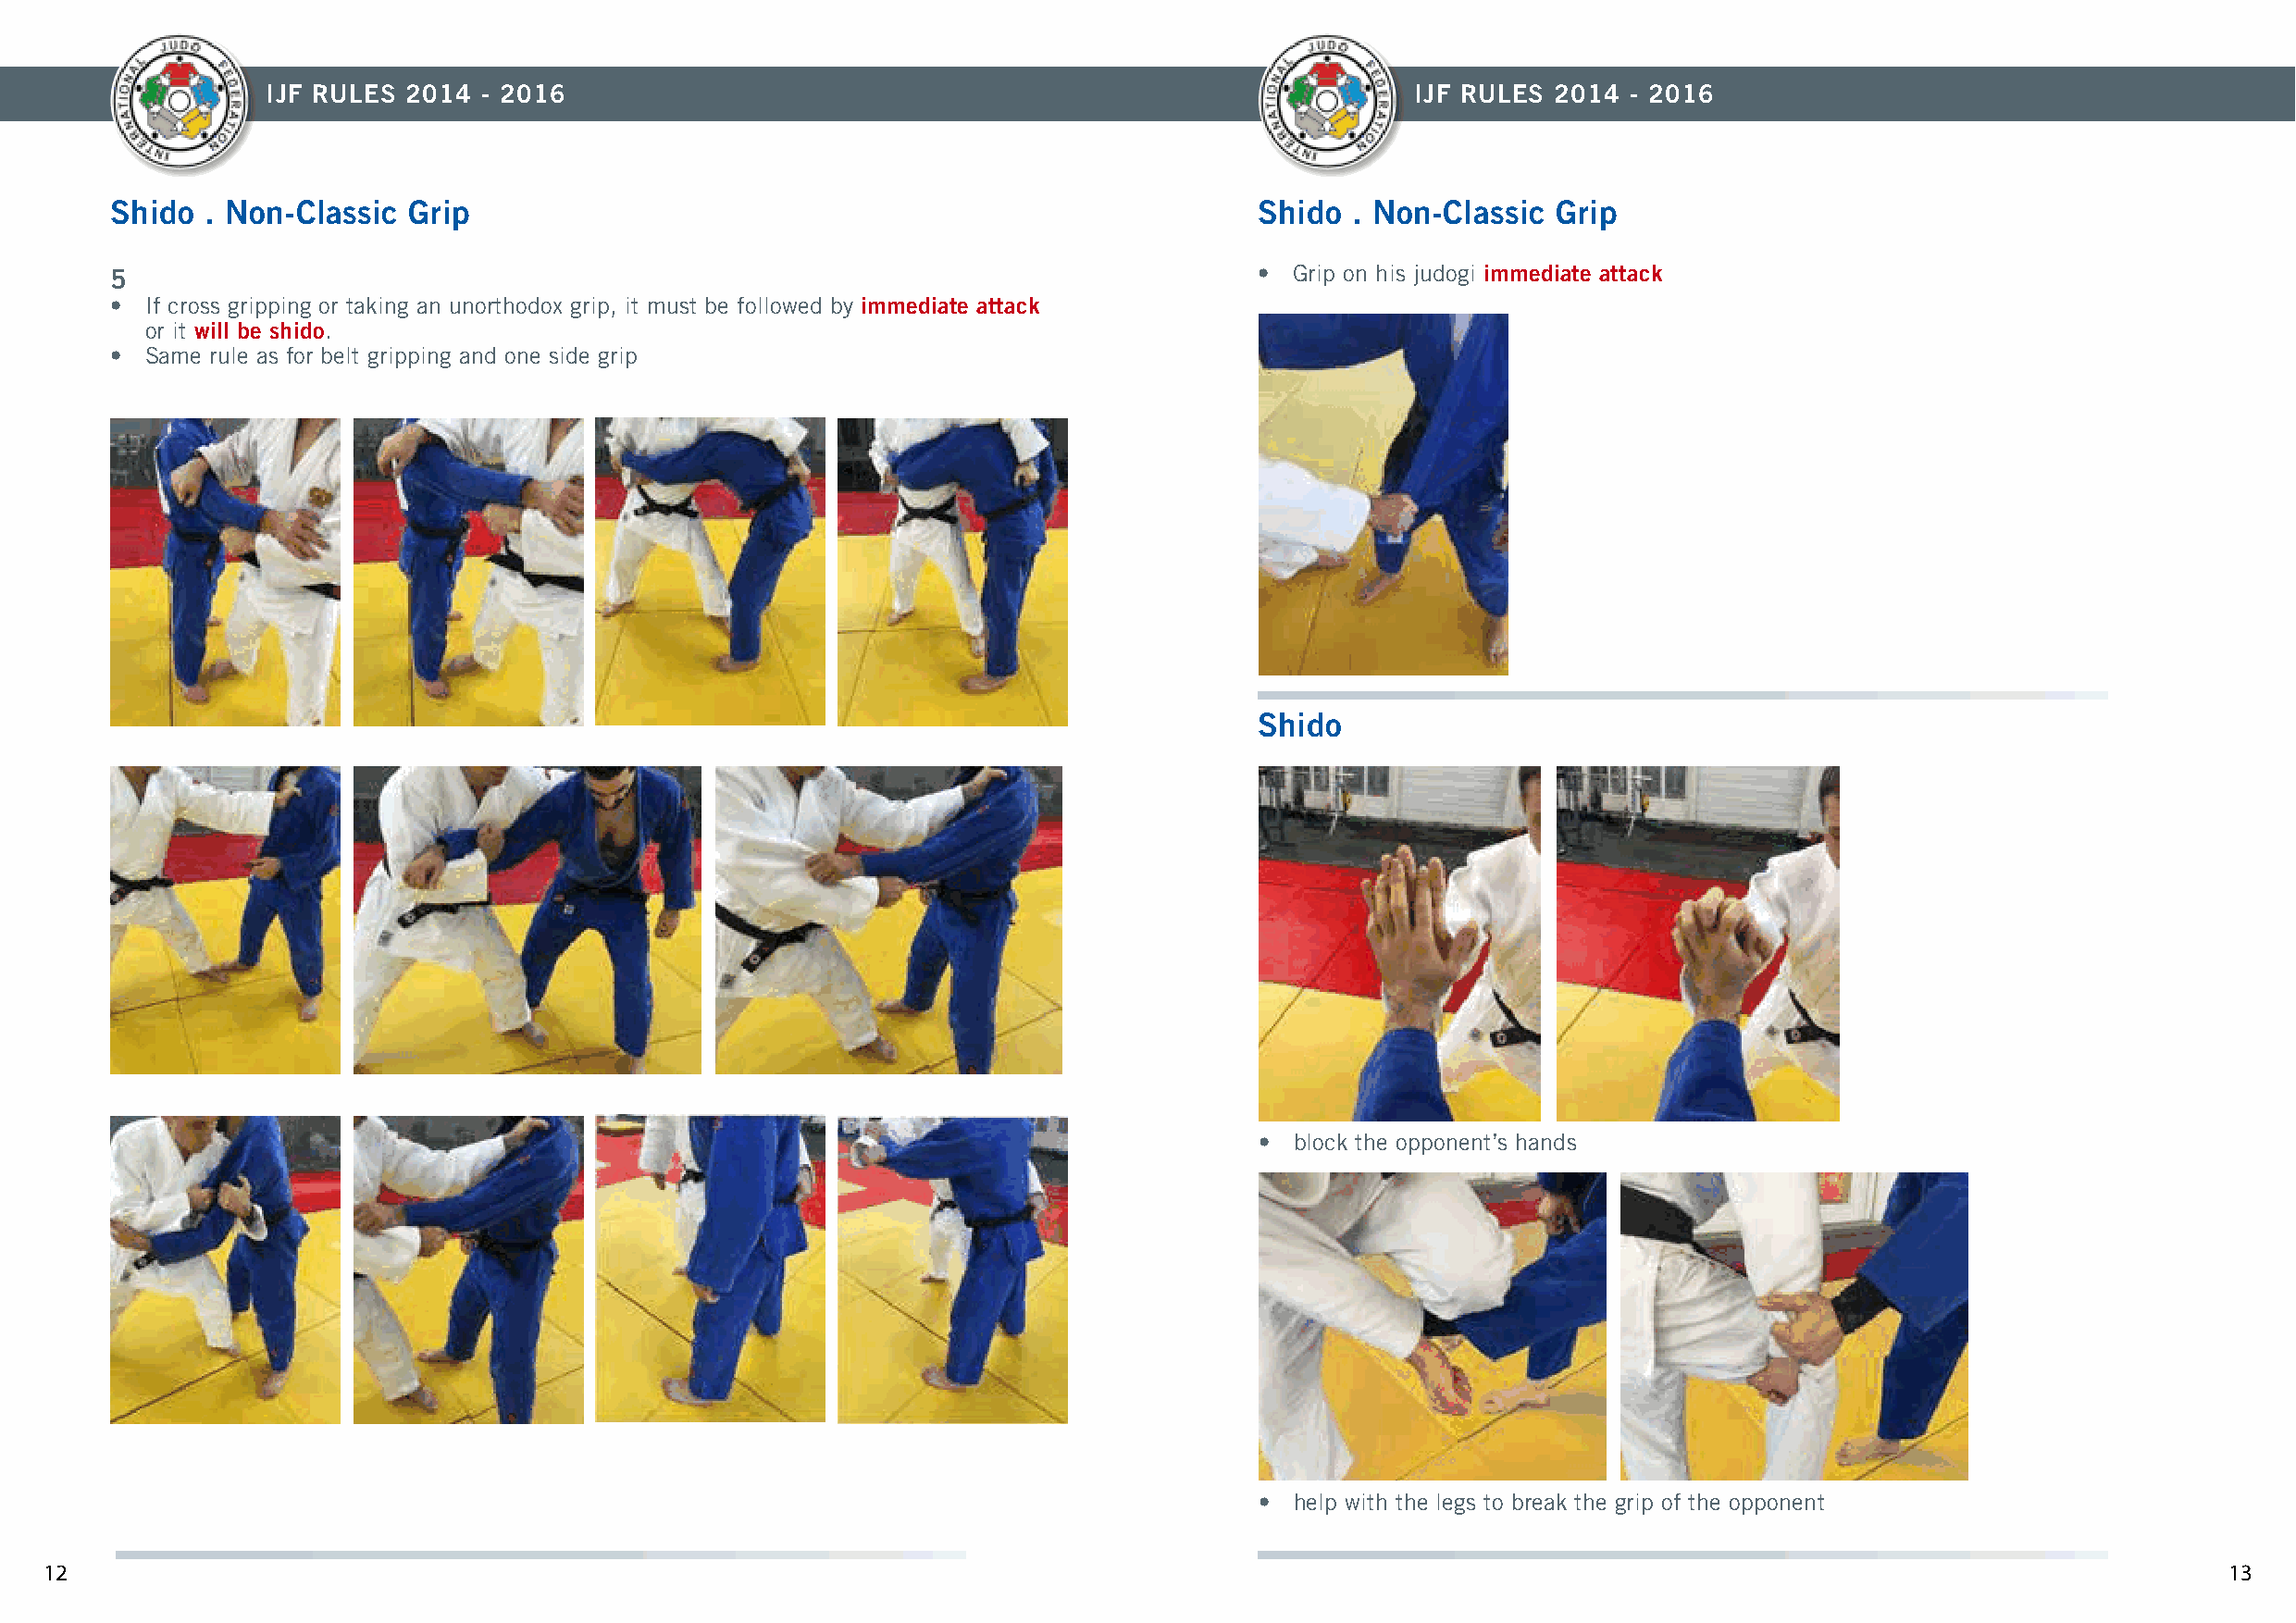
IJF RULES 2014 - 2016                                                             IJF RULES 2014  - 2016
 Shido  . Non-Classic Grip                                                         Shido  . Non-Classic Grip
 5                                                                                 • Grip on his judogi immediate attack
 • If cross gripping or taking an unorthodox grip, it must be followed by immediate attack
 or it will be shido.
 • Same rule as for belt gripping and one side grip
 Shido
 •  block the opponent’s hands
 •  help with the legs to break the grip of the opponent
 12                                                                                                                                                          13